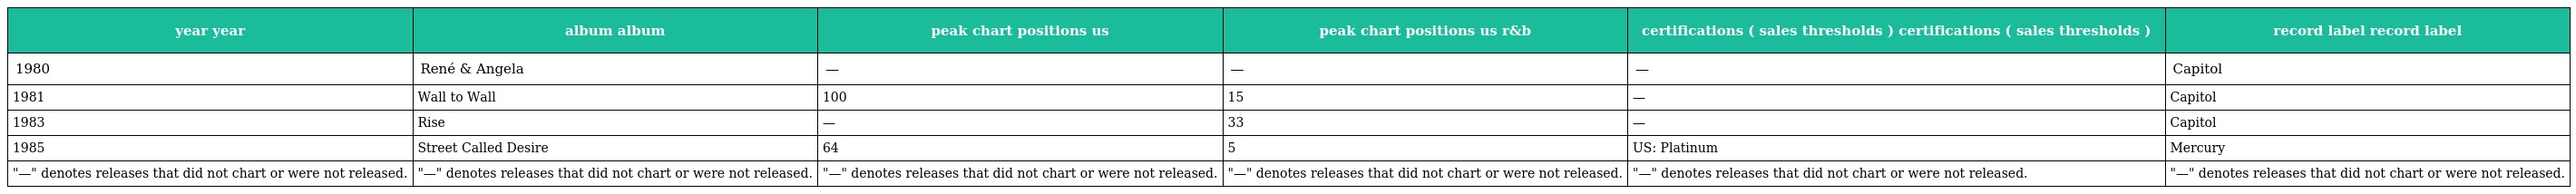
| year year | album album | peak chart positions us | peak chart positions us r&b | certifications ( sales thresholds ) certifications ( sales thresholds ) | record label record label |
 | --- | --- | --- | --- | --- | --- |
 | 1980 | René & Angela | — | — | — | Capitol |
 | 1981 | Wall to Wall | 100 | 15 | — | Capitol |
 | 1983 | Rise | — | 33 | — | Capitol |
 | 1985 | Street Called Desire | 64 | 5 | US: Platinum | Mercury |
 | "—" denotes releases that did not chart or were not released. | "—" denotes releases that did not chart or were not released. | "—" denotes releases that did not chart or were not released. | "—" denotes releases that did not chart or were not released. | "—" denotes releases that did not chart or were not released. | "—" denotes releases that did not chart or were not released. |